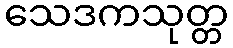
သေဒကသုတ္တ